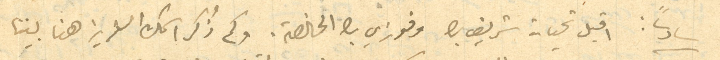
سادسًا: اقبل تحيات شريف بك وفوزي بك الخالصة. وكم ذكر اسمك العزيز هنا بيننا